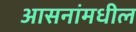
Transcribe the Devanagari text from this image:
आसनांमधील